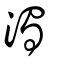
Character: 濁